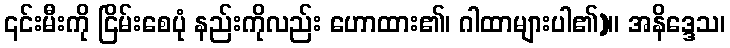
၎င်းမီးကို ငြိမ်းစေပုံ နည်းကိုလည်း ဟောထား၏၊ ဂါထာများပါ၏)။ အနိဒ္ဒေသ၊